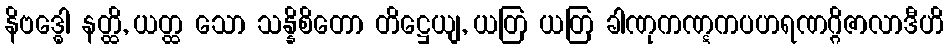
နိဗဒ္ဓေါ နတ္ထိ, ယတ္ထ သော သန္နိစိတော တိဋ္ဌေယျ, ယတြ ယတြ ခါဏုကဏ္ဋကပဟရဏဂ္ဂိဇာလာဒီဟိ